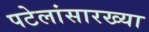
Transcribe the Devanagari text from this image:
पटेलांसारख्या